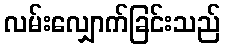
လမ်းလျှောက်ခြင်းသည်